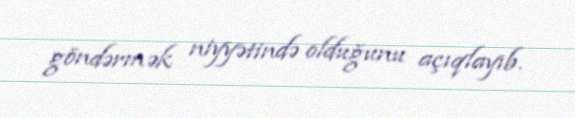
göndərmək niyyətində olduğunu açıqlayıb.